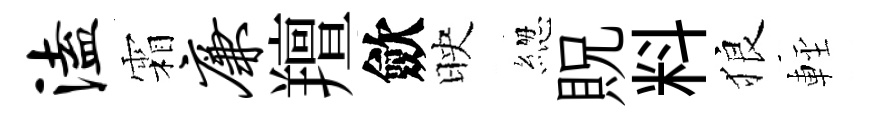
溘霜廉羶歛映緫貺料狼䡖